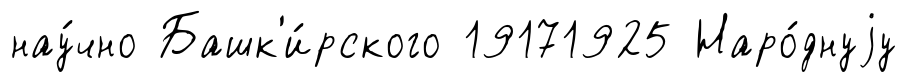
нау́чно Башк'и́рского 19171925 Наро́днуjу